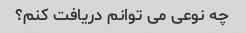
چه نوعی می توانم دریافت کنم؟